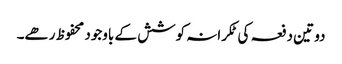
دو تین دفعہ کی ٹکرانہ کوشش کے باوجود محفوظ رھے۔